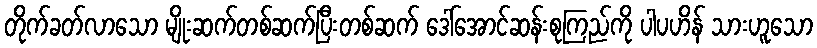
တိုက်ခတ်လာသော မျိုးဆက်တစ်ဆက်ပြီးတစ်ဆက် ဒေါ်အောင်ဆန်းစုကြည်ကို ပါပဟိန် သားဟူသော